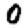
Digit: 0